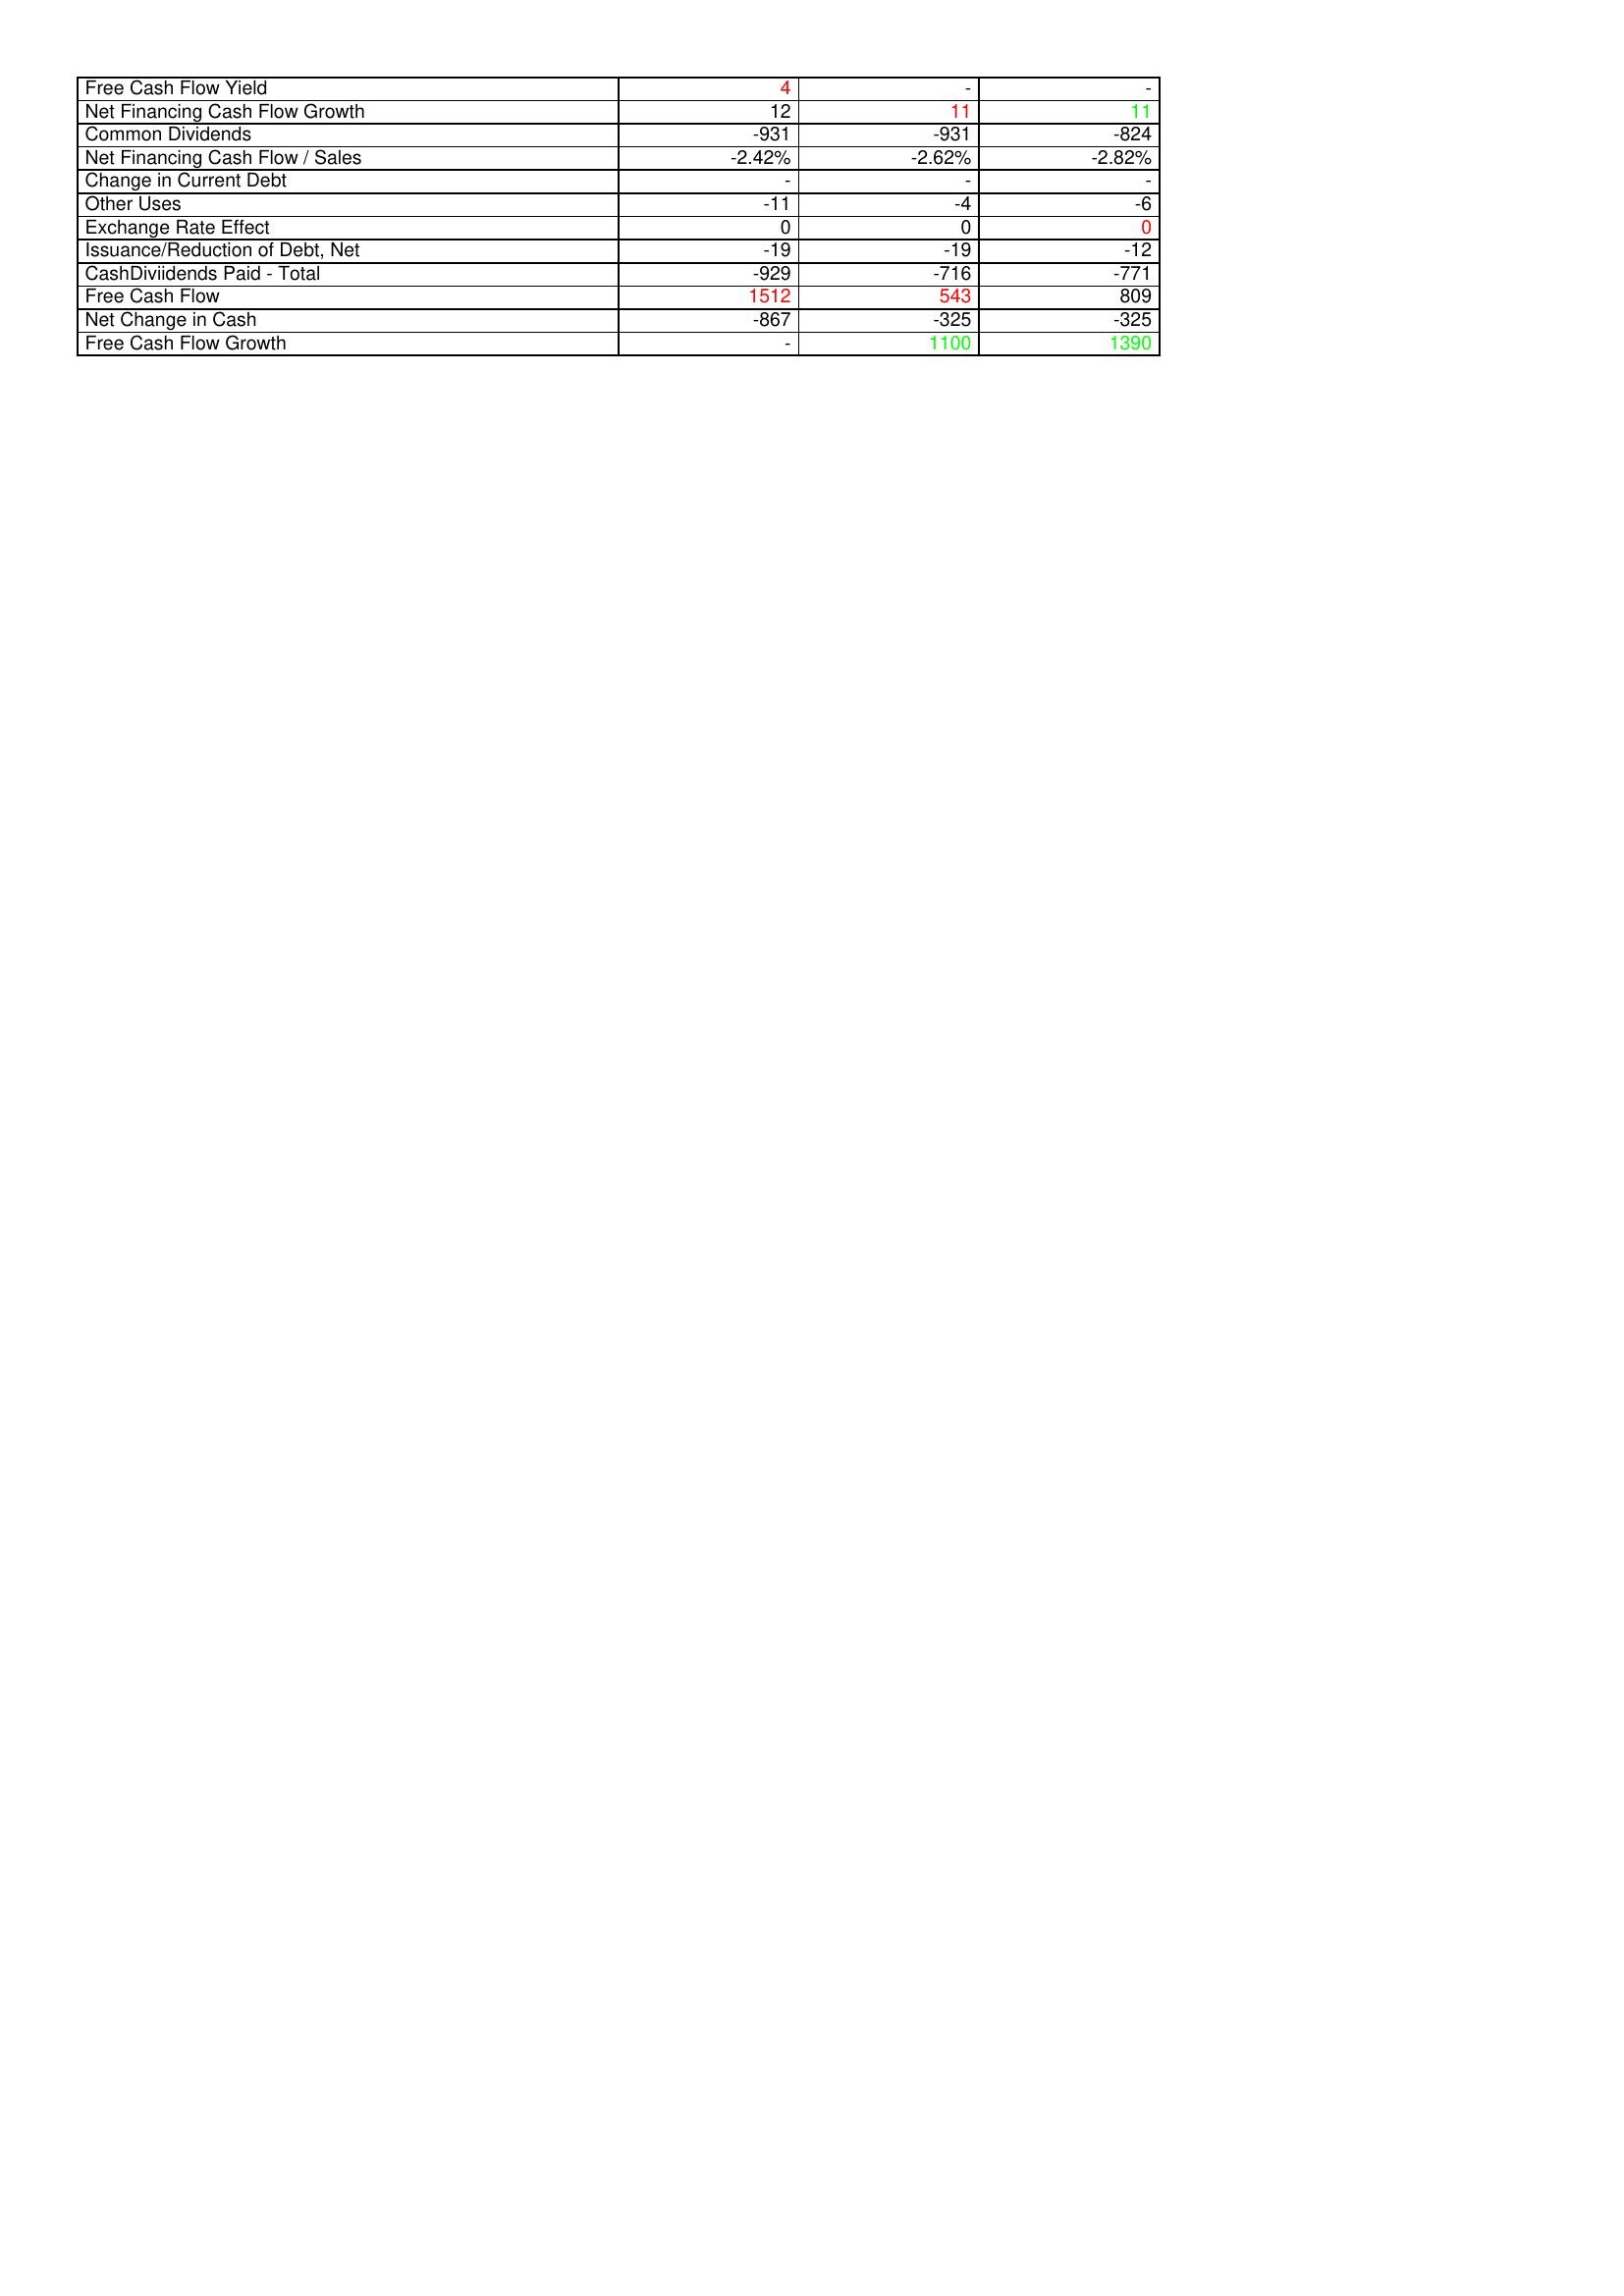
gt_parse: 2015: Financing Activities: Free Cash Flow Yield: 4
Net Financing Cash Flow Growth: 12
Common Dividends: -931
Net Financing Cash Flow / Sales: -2.42%
Change in Current Debt: -
Other Uses: -11
Exchange Rate Effect: 0
Issuance/Reduction of Debt, Net: -19
CashDiviidends Paid - Total: -929
Free Cash Flow: 1512
Net Change in Cash: -867
Free Cash Flow Growth: -
2014: Financing Activities: Free Cash Flow Yield: -
Net Financing Cash Flow Growth: 11
Common Dividends: -931
Net Financing Cash Flow / Sales: -2.62%
Change in Current Debt: -
Other Uses: -4
Exchange Rate Effect: 0
Issuance/Reduction of Debt, Net: -19
CashDiviidends Paid - Total: -716
Free Cash Flow: 543
Net Change in Cash: -325
Free Cash Flow Growth: 1100
2013: Financing Activities: Free Cash Flow Yield: -
Net Financing Cash Flow Growth: 11
Common Dividends: -824
Net Financing Cash Flow / Sales: -2.82%
Change in Current Debt: -
Other Uses: -6
Exchange Rate Effect: 0
Issuance/Reduction of Debt, Net: -12
CashDiviidends Paid - Total: -771
Free Cash Flow: 809
Net Change in Cash: -325
Free Cash Flow Growth: 1390